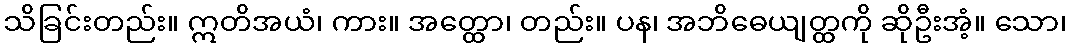
သိခြင်းတည်း။ ဣတိအယံ၊ ကား။ အတ္ထော၊ တည်း။ ပန၊ အဘိဓေယျတ္ထကို ဆိုဦးအံ့။ သော၊